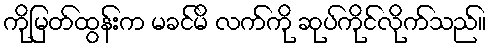
ကိုမြတ်ထွန်းက မခင်မိ လက်ကို ဆုပ်ကိုင်လိုက်သည်။